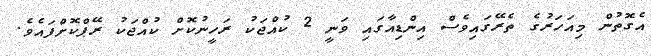
އެގޮތުން މިއަހަރުގެ ތެރޭގައިވެސް އިންޑިއާގައި ވަނީ 2 ކުއްޖަކު ރަހީނުކޮށް ކުއްޖަކު ރޭޕްކޮށްފައެވެ.